Calcutta medical institutions reports 1871-78
Year: 1871
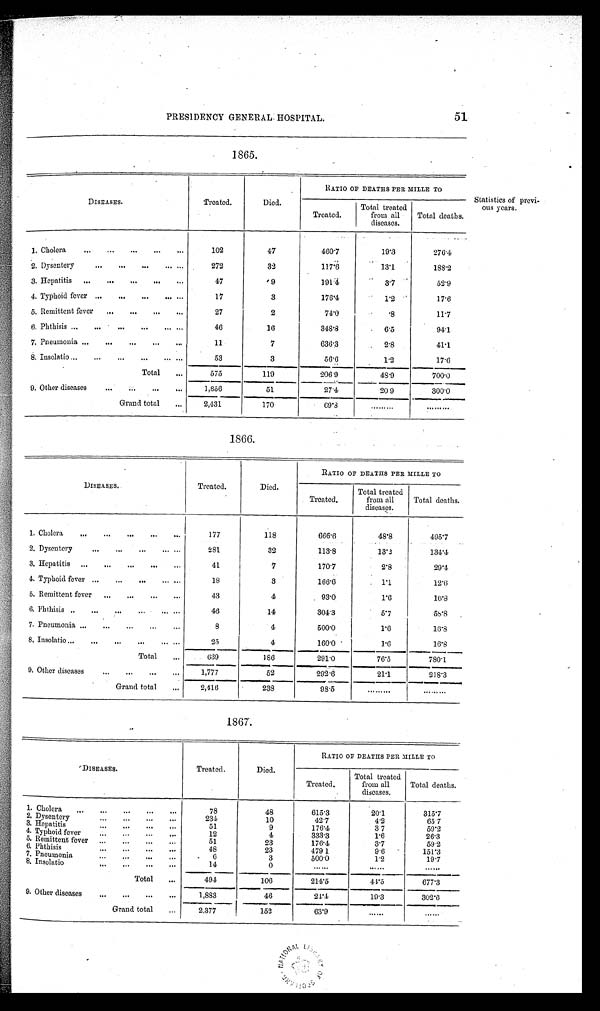
51
PRESIDENCY GENERAL HOSPITAL.
1865.
DISEASES.
Treated.
Died.
RATIO OF DEATHS PER MILLE TO
Treated.
Total treated
from all
diseases.
Total deaths.
1. Cholera
. . .
. . .
. . .
. . .
. . .
102
47
460.7
1 9 . 3
276.4
2. Dysentery
...
. . .
. . .
. . . . . .
272
32
117. 6
1 3 . 1
188.2
3. Hepatitis
. . .
. . .
. . .
...
. . .
47
9
191.4
3.7
5 2 . 9
4. Typhoid fever
. . .
. . .
. . .
. . . . . .
17
3
176. 4
1.2
1 7 . 6
5. Remittent fever
. . .
. . .
. . .
. . .
27
2
7 4 . 0
8
1 1 . 7
6. Phthisis ...
. . .
...
...
. . . . . .
4 6
1 6
348.8
6.5
9 4 . 1
7. Pneumonia
. . .
...
...
. . .
. . .
11
7
636.3
2.8
41.1
8. Insolatio . . .
. . .
. . .
. . .
. . . . . .
53
3
5 6 . 6
1.2
1 7 . 6
Total
. . .
575
119
206. 9
48.9
700.0
9. Other diseases
...
. . .
...
. . .
1 , 8 5 6
5 1
2 7 . 4
20.9
300.0
Grand total
...
2,431
170
69.8
. . . . . . . . .
.........
1866.
Statistics of previ-
ous years.
DISEASES.
Treated.
Died.
RATIO OF DEATHS PER MILLE TO
Treated.
Total treated
from all
diseases.
Total deaths.
1. Cholera
. . .
. . .
. . .
. . .
...
177
118
666.6
48.8
495.7
2. Dysentery
. . .
...
...
. . .
. . .
281
32
113.8
1 3 . 2
134.4
3. Hepatitis
. . .
. . .
. . .
. . .
. . .
41
7
170.7
2 . 8
29.4
4. Typhoid fever ...
...
...
...
. . .
18
3
166.6
1 . 1
1 2 . 6
5. Remittent fever
...
. . .
...
...
43
4
9 3 . 0
1 . 6
1 6 . 8
6. Phthisis ..
...
...
...
. . .
. . .
4 6
14
304.3
5.7
5 8 . 8
7. Pneumonia
...
...
...
...
...
8
4
500.0
1.6
1 6 . 8
8. Insolatio . . .
. . .
...
...
. . .
. . .
25
4
160.0
1 . 6
1 6 . 8
Total
. . .
639
186
291.0
7 6 . 5
780.1
9. Other diseases
. . .
...
...
...
1,777
5 2
292.6
21.1
218.3
Grand total
. . .
2 , 4 1 6
2 3 8
98.5
. . . . . . . . .
. . . . . . . . .
1867.
DISEASES.
Treated.
Died.
RATIO OF DEATHS PER MILLE TO
Treated.
Total treated
from all
diseases.
Total deaths.
1. Cholera
...
. . .
. . .
. . .
. . .
78
48
615.3
2 0 . 1
315.7
2. Dysentery
. . .
. . .
. . .
. . .
2 3 4
10
42.7
4.2
65.7
3. Hepatitis
. . .
. . .
. . .
. . .
51
9
176.4
3.7
59.2
4. Typhoid fever
...
. . .
. . .
. . .
12
4
333.3
1.6
2 6 . 3
5. Remittent fever
...
...
. . .
. . .
51
23
176.4
3.7
59.2
6. Phthisis
. . .
. . .
. . .
...
48
23
479.1
9.6
1 5 1 . 3
7. Pneumonia
. . .
. . .
. . .
. . .
6
3
5 0 0 . 0
1 . 2
19.7
8. Insolatio
. . .
. . .
. . .
. . .
14
0
. . . . . .
. . . . . .
. . . . . .
Total
. . .
494
1 0 6
214.5
4 4 . 5
677.3
9. Other diseases
...
. . .
. . .
. . .
1,883
4 6
24.4
19.3
3 0 2 . 6
Grand total
. . .
2,377
1 5 2
63.9
. . . . . .
. . . . . .